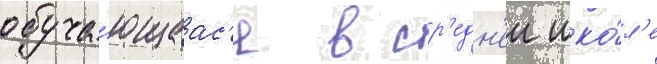
обуча́ющаас'я в ср'едн'еи шко́л'е